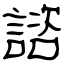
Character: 諮